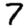
Digit: 7